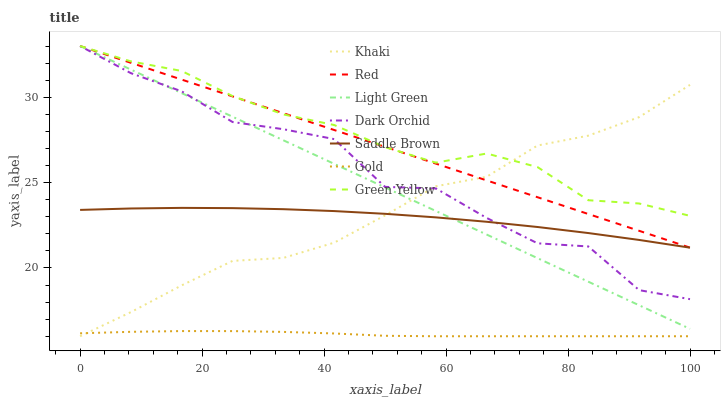
| xaxis_label | Khaki | Red | Light Green | Dark Orchid | Saddle Brown | Gold | Green Yellow |
 | --- | --- | --- | --- | --- | --- | --- | --- |
 | 0 | 16 | 33 | 33 | 33 | 23.4 | 16.2 | 33 |
 | 8.33 | 17.4 | 32 | 31.6 | 31.4 | 23.5 | 16.3 | 32.1 |
 | 16.7 | 19 | 31 | 30.2 | 30.3 | 23.5 | 16.3 | 31.5 |
 | 25 | 20.4 | 30 | 28.9 | 28.5 | 23.5 | 16.3 | 30.1 |
 | 33.3 | 20.6 | 29.1 | 27.5 | 28.1 | 23.4 | 16.3 | 29 |
 | 41.7 | 21.5 | 28.1 | 26.1 | 27.5 | 23.3 | 16.2 | 28.4 |
 | 50 | 23.1 | 27.1 | 24.7 | 24.7 | 23.2 | 16 | 27.1 |
 | 58.3 | 24.8 | 26.1 | 23.3 | 24.7 | 23 | 16 | 26.2 |
 | 66.7 | 25.3 | 25.1 | 22 | 22.9 | 22.7 | 16 | 26.7 |
 | 75 | 27.2 | 24.1 | 20.6 | 21.4 | 22.4 | 16 | 25.9 |
 | 83.3 | 27.7 | 23.2 | 19.2 | 21.3 | 22 | 16 | 24 |
 | 91.7 | 28.8 | 22.2 | 17.8 | 18.7 | 21.6 | 16 | 23.8 |
 | 100 | 30.7 | 21.2 | 16.4 | 18.2 | 21.2 | 16 | 23.1 |